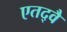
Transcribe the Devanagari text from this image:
एतद्वै